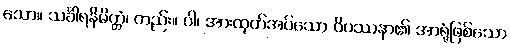
သော။ သင်္ခါရနိမိတ္တံ၊ တည်း။ ဝါ၊ အားထုတ်အပ်သော ဝိပဿနာ၏ အာရုံဖြစ်သော